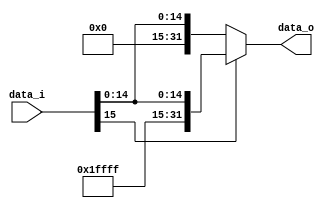
module Signed_Extend
(
    data_i,
    data_o
);

input   [15:0]  data_i;
output  [31:0]  data_o;

reg     [31:0]  data_o;

always@(data_i) begin
    if(data_i[15]) data_o = {16'hFFFF, data_i};
    else data_o = {16'h0, data_i};
end

endmodule